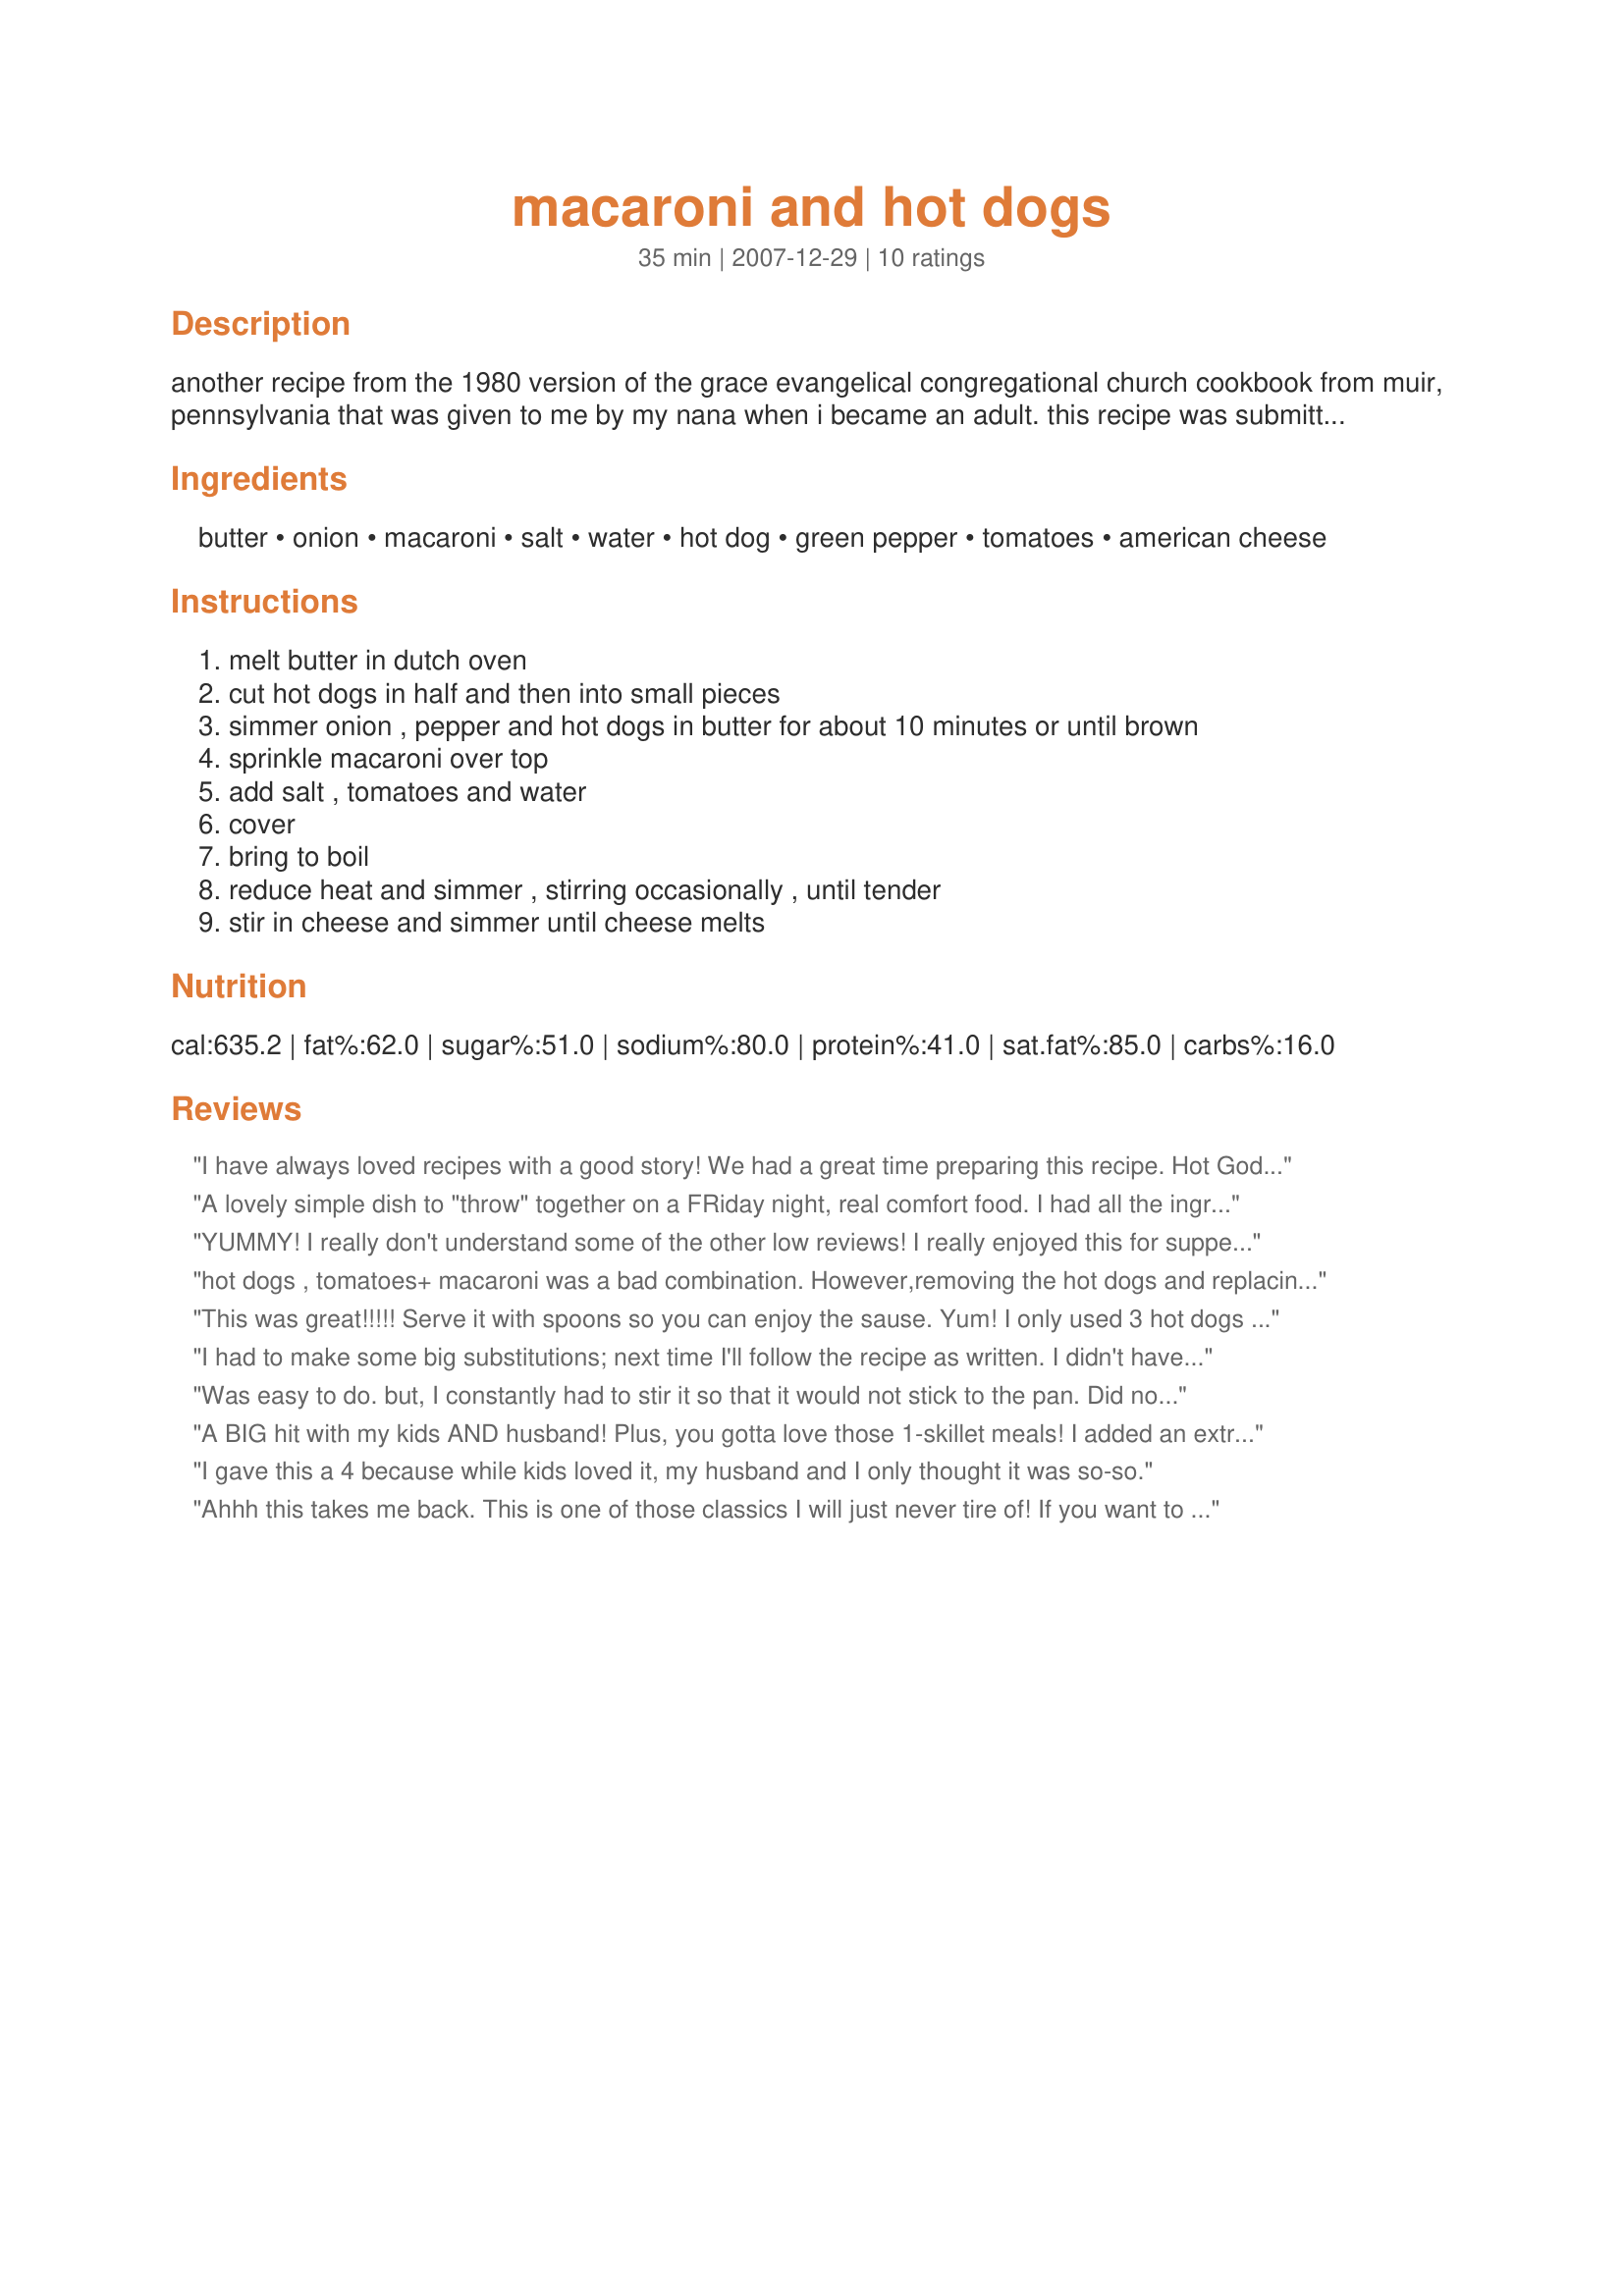
macaroni and hot dogs
Preparation time: 35 minutes

another recipe from the 1980 version of the grace evangelical congregational church cookbook from muir, pennsylvania that was given to me by my nana when i became an adult. this recipe was submitted to the cookbook by eva smith. the printed version of this recipe makes me giggle because there is a typo where the hot dogs are called 'hot gods'. eva didn't specify serving yield, so i am guessing.

Ingredients:
butter, onion, macaroni, salt, water, hot dog, green pepper, tomatoes, american cheese

Steps:
melt butter in dutch oven, cut hot dogs in half and then into small pieces, simmer onion , pepper and hot dogs in butter for about 10 minutes or until brown, sprinkle macaroni over top, add salt , tomatoes and water, cover, bring to boil, reduce heat and simmer , stirring occasionally , until tender, stir in cheese and simmer until cheese melts

Reviews:
I have always loved recipes with a good story! We had a great time preparing this recipe. Hot Gods are a big hit here. We need more God in everything. Thanks for posting this fun recipe.
A lovely simple dish to "throw" together on a FRiday night, real comfort food. I had all the ingredients on hand so it too about 3 minutes to get organised & then wait for it to cook. A winner with DH & toddler DD. Thanks for posting!
YUMMY! I really don't understand some of the other low reviews! I really enjoyed this for supper tonight. I used spiral pasta instead of macaroni and added some extra cheese because I'm a cheese lover. I really don't think I'd change anything about it. It was super easy to cook, and I had no problems with it sticking to the pan at all. The pasta cooked perfectly -- wasn't too hard but wasn't too mushy either. This is definitely something I'll make again when i want something tasty, easy, and "comfort foody". Thanks so much for posting Sarah Jayne!
hot dogs , tomatoes+ macaroni was a bad combination. However,removing the hot dogs and replacing them with halved mushrooms,and substituting the cheese mentioned with 1.5c parmesan was MUCH, MUCH better!!!
This was great!!!!! Serve it with spoons so you can enjoy the sause. Yum! I only used 3 hot dogs and it was plenty. Just 1 can of stewed tomatoes as I have a tomato hater in the group. This is in my cookbook now. Thanks so much. It was so quick and esay to prepare. Used Cheddar cheese too. Fabulous!!!!
I had to make some big substitutions; next time I'll follow the recipe as written. I didn't have tomatoes and the family is not keen on green peppers so I used mild salsa instead. I substituted bratwurst for the hotdogs. It was tasty and good but the recipe as written would be even better. Thanks for a quick and easy solution for dinner! Reviewed for ZWT4.
Was easy to do. but, I constantly had to stir it so that it would not stick to the pan. Did not have much taste. Was to tangy with two cans of tomatoes. I will use tomatoe / mushroom soup next time instead of tomatoes and boil the noodles seperatly and then mix in with the rest of the ingrediants. Then decide if this is a keeper or not.
A BIG hit with my kids AND husband! Plus, you gotta love those 1-skillet meals! I added an extra 1 cup of macaroni and adjusted the water as necessary. I know I used a generous "1 cup" of cheese; I ended up adding a little milk to help make the cheese more creamy. Thanx for a great family-pleaser!
I gave this a 4 because while kids loved it, my husband and I only thought it was so-so.
Ahhh this takes me back. This is one of those classics I will just never tire of! If you want to shortcut even more, skip the peppers and tomatoes and just add a health scoop of salsa! Also good with a scoop of chili. PS - CONGRATS on your health! You are looking so fabulous and I totally commend your effort, dedication and willpower!
